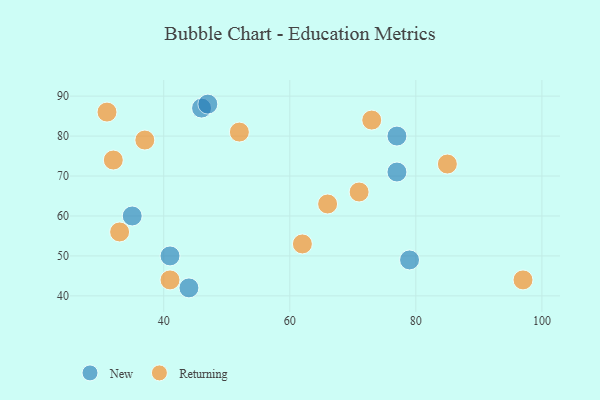
{"axis": {"x": "GDP", "y": "Life Expectancy"}, "legend": ["New", "Returning"], "data": [{"x": "79", "y": 49, "type": "New"}, {"x": "46", "y": 87, "type": "New"}, {"x": "35", "y": 60, "type": "New"}, {"x": "44", "y": 42, "type": "New"}, {"x": "77", "y": 71, "type": "New"}, {"x": "77", "y": 80, "type": "New"}, {"x": "41", "y": 50, "type": "New"}, {"x": "47", "y": 88, "type": "New"}, {"x": "31", "y": 86, "type": "Returning"}, {"x": "33", "y": 56, "type": "Returning"}, {"x": "85", "y": 73, "type": "Returning"}, {"x": "62", "y": 53, "type": "Returning"}, {"x": "71", "y": 66, "type": "Returning"}, {"x": "41", "y": 44, "type": "Returning"}, {"x": "52", "y": 81, "type": "Returning"}, {"x": "97", "y": 44, "type": "Returning"}, {"x": "32", "y": 74, "type": "Returning"}, {"x": "37", "y": 79, "type": "Returning"}, {"x": "73", "y": 84, "type": "Returning"}, {"x": "66", "y": 63, "type": "Returning"}]}